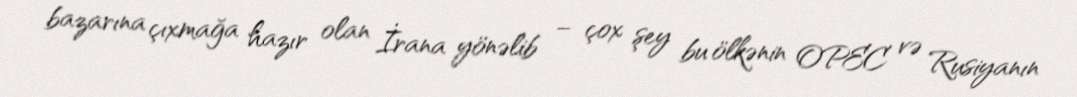
bazarına çıxmağa hazır olan İrana yönəlib – çox şey bu ölkənin OPEC və Rusiyanın